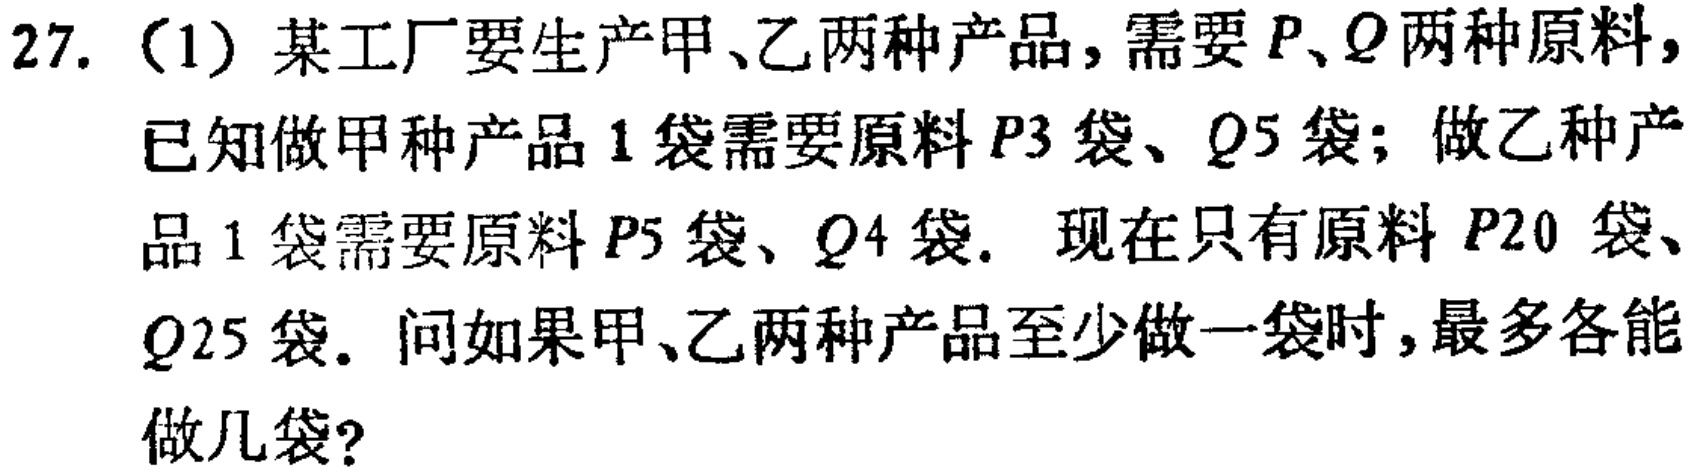
27.（1）某工厂要生产甲、乙两种产品，需要\(P、Q\)两种原料，已知做甲种产品\(1\)袋需要原料\(P3\)袋、\(Q5\)袋；做乙种产品\(1\)袋需要原料\(P5\)袋、\(Q4\)袋. 现在只有原料\(P20\)袋、\(Q25\)袋. 问如果甲、乙两种产品至少做一袋时，最多各能做几袋?